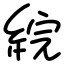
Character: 綄